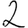
Digit: 2